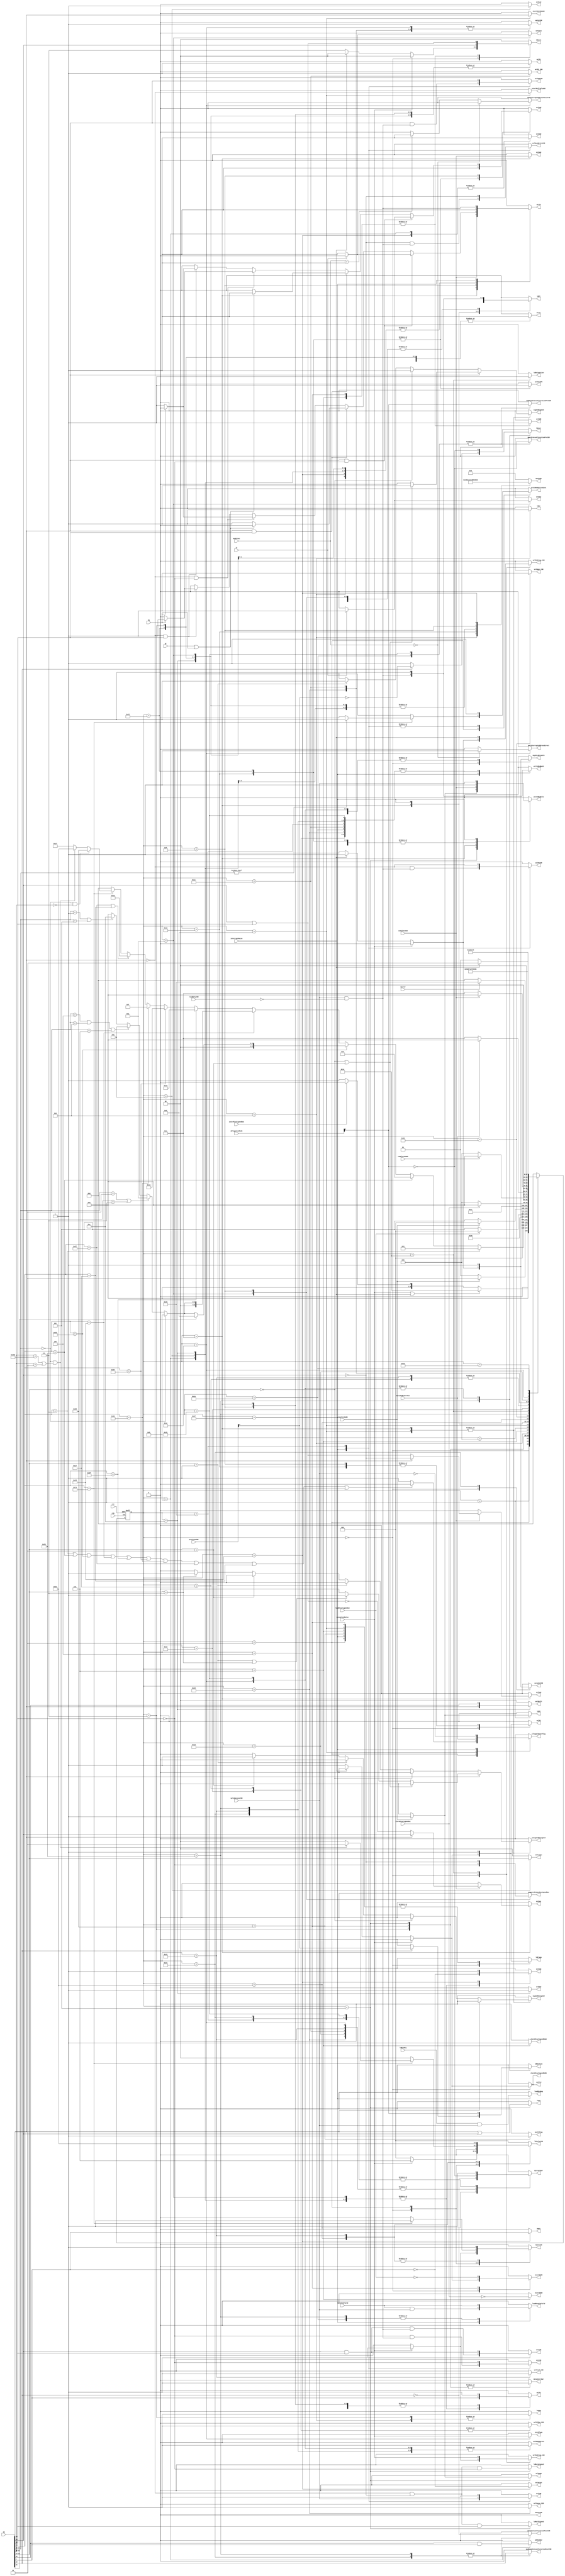
// **************************************************************************************
// Project: AFTAB
// Version: 1.0
// Date:
//
// Module Name: aftab_controller
// Description:
//
// Dependencies:
//
// File content description:
// aftab_controller for AFTAB core
//
// **************************************************************************************
`timescale 1ns/1ns

`define fetch 6'b000000
`define getInstr 6'b000001
`define decode 6'b000010
`define loadInstr1 6'b000011
`define loadInstr2 6'b000100
`define getData 6'b000101
`define storeInstr1 6'b000110
`define storeInstr2 6'b000111
`define putData 6'b001000
`define addSub 6'b001001
`define compare 6'b001010
`define logical 6'b001011
`define shift 6'b001100
`define multiplyDivide1 6'b001101
`define multiplyDivide2 6'b001110
`define conditionalBranch 6'b001111
`define JAL 6'b010000
`define JALR 6'b010010
`define LUI 6'b010011
`define checkDelegation 6'b010100
`define updateTrapValue 6'b010101
`define updateMip 6'b010110
`define updateUip 6'b010111
`define updateCause 6'b011000
`define readMstatus 6'b011001
`define updateMstatus 6'b011010
`define updateUstatus 6'b011011
`define updateEpc 6'b011100
`define readTvec1 6'b011101
`define readTvec2 6'b011110
`define CSR 6'b011111
`define mirrorCSR 6'b100000
`define retEpc 6'b100001
`define retReadMstatus 6'b100010
`define retUpdateMstatus 6'b100011
`define retUpdateUstatus 6'b100100
`define ecall 6'b100101
// FPU - uncomment later
// `define fpu_SignInject 6'b100111
// `define fpu_MinMax 6'b101000
// `define fpu_Convert 6'b101001
// `define fpu_Move 6'b101010
// `define fpu_Compare 6'b101011
// `define fpu_FusedMulAdd 6'b101100   // floating point fused multiply-add
// `define fpu_FusedMulAdd2 6'b101101
// `define fpu_AddSub 6'b101110
// `define fpu_AddSub2 6'b101111
// `define fpu_Mul 6'b110000
// `define fpu_Mul2 6'b110001
// `define fpu_Div 6'b110010

// Constants
`define iTypeImm 12'b010011001001
`define sTypeImm 12'b010011010010
`define uTypeImm 12'b100000100100
`define jTypeImm 12'b101001001100
`define bTypeImm 12'b010101010100
`define Loads 7'b0000011
`define Stores 7'b0100011
`define Arithmetic 7'b0110011
`define ImmediateArithmetic 7'b0010011
`define JumpAndLink 7'b1101111
`define JumpAndLinkRegister 7'b1100111
`define Branch 7'b1100011
`define LoadUpperImmediate 7'b0110111
`define AddUpperImmediatePC 7'b0010111
`define SystemAndCSR 7'b1110011
// `define FPU_Load            7'b0000111
// `define FPU_Store           7'b0100111
// `define FPU_MultiplyAdd     7'b1000011
// `define FPU_MultiplySub     7'b1000111
// `define FPU_NegMultiplySub  7'b1001011
// `define FPU_NegMultiplyAdd  7'b1001111
// `define FPU_Arithmetic      7'b1010011

module aftab_controller(
    // inputs
    input clk,
    input rst,
    input completeDARU,
    input completeDAWU,
    input completeAAU,
    input lt,
    input eq,
    input gt,
    input [31:0] IR,

    // interrupt's inputs
    input interruptRaise,
    input exceptionRaise,
    input instrMisalignedOut,
	input loadMisalignedOut,
	input storeMisalignedOut,
	input dividedByZeroOut,
	input validAccessCSR,
	input readOnlyCSR,
	input mirror,
	input ldMieReg,
	input ldMieUieField,
    input [1:0] delegationMode,
    input [1:0] previousPRV,
    input [1:0] modeTvec,

    //FPU
    // input fpuEq,
    // input fpuLt,
    // input fmaReady,
    //outputs
    output reg [11:0] muxCode,
	output reg [1:0] nBytes,
	output reg [1:0] selLogic,
	output reg [1:0] selShift,
	output reg selPC,
	output reg selI4,
	output reg selP1,
	output reg selP2,
	output reg selJL,
	output reg selADR,
	output reg selPCJ,
	output reg selImm,
	output reg selAdd,
	output reg selInc4PC,
	output reg selBSU,
	output reg selLLU,
	output reg selASU,
	output reg selAAU,
	output reg selDARU,
	output reg dataInstrBar,
    output reg writeRegFile,
	output reg addSubBar,
	output reg pass,
	output reg selAuipc,
	output reg comparedsignedunsignedbar,
	output reg ldIR,
    output reg ldADR,
	output reg ldPC,
	output reg ldDr,
	output reg ldByteSigned,
	output reg ldHalfSigned,
	output reg load,
	output reg setOne,
	output reg setZero,
	output reg startDARU,
	output reg startDAWU,
	output reg startMultiplyAAU,
	output reg startDivideAAU,
	output reg signedSigned,
	output reg signedUnsigned,
	output reg unsignedUnsigned,
	output reg selAAL,
	output reg selAAH,

    // FPU
    // output reg selFPURegFile,
    // output reg fmaStart,
    // output reg fmaSel,
    // output reg selp1FPU,
    // output reg selp2FPU,
    // output reg rs1SignInject,
    // output reg rs1SignXOR,
    // output reg rs1SignNeg,
    // output reg rs3SignNeg,
    // output reg sgnSel,
    // output reg selP1WriteData,
    // output reg fpuCompSel,
    // output reg [1:0] minmaxSel,
    // output reg rs2SignNeg,
    // output reg addsubSel,
    // output reg mulSel,

    // interrupt's outputs
    output reg ecallFlag,
    output reg illegalInstrFlag,
    output reg mipCCLdDisable,
    output reg selCCMip_CSR,
    output reg selCause_CSR,
    output reg selPC_CSR,
    output reg selTval_CSR,
    output reg selMedeleg_CSR,
    output reg selMideleg_CSR,
    output reg [2:0] ldValueCSR,
    output reg ldCntCSR,
    output reg dnCntCSR,
    output reg upCntCSR,
    output reg ldFlags,
    output reg zeroFlags,
    output reg ldDelegation,
    output reg ldMachine,
    output reg ldUser,
    output reg loadMieReg,
    output reg loadMieUieField,
    output reg mirrorUser,
    output reg selCSR,
    output reg selP1CSR,
    output reg selReadWriteCSR,
    output reg selImmCSR,
    output reg setCSR,
    output reg clrCSR,
    output reg writeRegBank,
    output reg selCSRAddrFromInst,
    output reg selRomAddress,
    output reg selMepc_CSR,
    output reg selInterruptAddressDirect,
    output reg selInterruptAddressVectored,
    output reg checkMisalignedDARU,
    output reg checkMisalignedDAWU,
    output reg machineStatusAlterationPreCSR,
    output reg userStatusAlterationPreCSR,
    output reg machineStatusAlterationPostCSR,
    output reg userStatusAlterationPostCSR,
    output reg zeroCntCSR
    );

    wire [2:0] func3;
    wire [6:0] opcode;
    wire [6:0] func7;
    wire [11:0] func12;
    wire [4:0] func5;
    wire mretOrUretBar;

    reg [5:0] p_state, n_state;


    assign func3 = IR[14:12];
    assign opcode = IR[6:0];
    assign func7 = IR[31:25];
    assign func12 = IR[31:20];
    assign func5 = IR[31:27];
    assign mretOrUretBar = IR[29];


    always @(posedge clk, posedge rst) begin
        if(rst)
        begin
            p_state <= `fetch;
        end
        else
            p_state <= n_state;
    end

    always @(p_state, completeDARU, completeDAWU, completeAAU,
             opcode, func3, func7, func12, mirror,
             exceptionRaise, interruptRaise, dividedByZeroOut,
             instrMisalignedOut, storeMisalignedOut, modeTvec, loadMisalignedOut/*, fmaReady*/)
    begin
        n_state <= `fetch;
        case(p_state)
            `fetch: begin
                if(exceptionRaise || interruptRaise)
                    n_state <=  `checkDelegation;
                else if(instrMisalignedOut)
                    n_state <= `fetch;
                else
                    n_state <= `getInstr;
            end
            `getInstr: begin
                if(completeDARU)
                    n_state <= `decode;
                else
                    n_state <= `getInstr;
            end
            `decode: begin
                if(opcode == `Loads)
                    n_state <= `loadInstr1;
                else if(opcode == `Stores)
                    n_state <= `storeInstr1;
                else if(opcode == `Arithmetic) begin
                    if(func7[0])
                        n_state <= `multiplyDivide1;
                    else if(func3 == 3'b000)
                        n_state <= `addSub;
                    else if(func3 == 3'b010 || func3 == 3'b011)
                        n_state <= `compare;
                    else if(func3 == 3'b100 || func3 == 3'b110 || func3 == 3'b111)
                        n_state <= `logical;
                    else if(func3 == 3'b001 || func3 == 3'b101)
                        n_state <= `shift;
                    else
                        n_state <= `fetch;
                end
                else if(opcode == `ImmediateArithmetic) begin
                    if (func3 == 3'b000)
                        n_state <= `addSub;
                    else if (func3 == 3'b010 || func3 == 3'b011)
                        n_state <= `compare;
                    else if (func3 == 3'b100 || func3 == 3'b110 || func3 == 3'b111)
                        n_state <= `logical;
                    else if (func3 == 3'b001 || func3 == 3'b101)
                        n_state <= `shift;
                    else
                        n_state <= `fetch;
                end
                else if(opcode == `JumpAndLink)
                    n_state <= `JAL;
                else if(opcode == `JumpAndLinkRegister)
                    n_state <= `JALR;
                else if(opcode == `Branch)
                    n_state <= `conditionalBranch;
                else if(opcode == `LoadUpperImmediate || opcode == `AddUpperImmediatePC)
                    n_state <= `LUI;
                else if(opcode == `SystemAndCSR) begin
                    if (func3 == 3'b000 && func12 == 12'h000)
                        n_state <= `ecall;
                    else if (func3 == 3'b000 && (func12 == 12'h302 || func12 == 12'h002))
                        n_state <= `retEpc;
                    else
                        n_state <= `CSR;
                end
                // FPU - uncomment later
                // else if(opcode == `FPU_Load) // FLW
                //     n_state <= `loadInstr1;
                // else if(opcode == `FPU_Store) // FSW
                //     n_state <= `storeInstr1;
                // else if(opcode == `FPU_MultiplyAdd      || opcode == `FPU_MultiplySub ||
                //         opcode == `FPU_NegMultiplySub   || opcode == `FPU_NegMultiplyAdd) // FMADD, FNMADD, FMSUB, FNMSUB
                //     n_state <= `fpu_FusedMulAdd;
                // else if(opcode == `FPU_Arithmetic) begin
                //     if(func5 == 5'b00000 || func5 == 5'b00001) // FADD, FSUB
                //         n_state <= `fpu_AddSub;
                //     else if(func5 == 5'b00010) // FMUL
                //         n_state <= `fpu_Mul;
                //     else if(func5 == 5'b00011)  // FDIV
                //         n_state <= `fpu_Div;
                //     else if(func5 == 5'b00100) // FSGNJ, FSGNJN, FSGNJX
                //         n_state <= `fpu_SignInject;
                //     else if(func5 == 5'b00101) // FMIN, FMAX
                //         n_state <= `fpu_MinMax;
                //     else if(func5 == 5'b11000 || func5 == 5'b11010) // FCVT.W.S, FCVT.WU.S, FCVT.S.W, FCVT.S.WU
                //         n_state <= `fpu_Convert;
                //     else if(func5 == 5'b11100 || func5 == 5'b11110) // FMV.W.X, FMV.X.W
                //         n_state <= `fpu_Move;
                //     else if(func5 == 5'b10100) // FEQ, FLT, FLE
                //         n_state <= `fpu_Compare;
                // end
                else
                    n_state <= `fetch;
                end
            `loadInstr1:
                n_state <= `loadInstr2;
            `loadInstr2: begin
                if (loadMisalignedOut)
                    n_state <= `fetch;
                else
                    n_state <= `getData;
            end
            `getData: begin
                if (completeDARU)
                    n_state <= `fetch;
                else
                    n_state <= `getData;
            end
            `storeInstr1:
                n_state <= `storeInstr2;
            `storeInstr2: begin
                if (storeMisalignedOut)
                    n_state <= `fetch;
                else
                    n_state <= `putData;
            end
            `putData: begin
                if (completeDAWU)
                    n_state <= `fetch;
                else
                    n_state <= `putData;
            end
            `addSub:
                n_state <= `fetch;
            `compare:
                n_state <= `fetch;
            `logical:
                n_state <= `fetch;
            `shift:
                n_state <= `fetch;
            `multiplyDivide1: begin
                if (dividedByZeroOut)
                    n_state <= `fetch;
                else
                    n_state <= `multiplyDivide2;
            end
            `multiplyDivide2: begin
                if (completeAAU)
                    n_state <= `fetch;
                else
                    n_state <= `multiplyDivide2;
            end
            `JAL:
                n_state <= `fetch;
            `JALR:
                n_state <= `fetch;
            `conditionalBranch:
                n_state <= `fetch;
            `LUI:
                n_state <= `fetch;
            `CSR: begin
                if (~mirror)
                    n_state <= `fetch;
                else
                    n_state <= `mirrorCSR;
            end
            `mirrorCSR:
                n_state <= `fetch;
            `retEpc:
                n_state <= `retReadMstatus;
            `retReadMstatus:
                n_state <= `retUpdateMstatus;
            `retUpdateMstatus:
                n_state <= `retUpdateUstatus;
            `retUpdateUstatus:
                n_state <= `fetch;
            `ecall:
                n_state <= `fetch;
            `checkDelegation: begin
                if (interruptRaise)
                    n_state <= `updateMip;
                else
                    n_state <= `updateTrapValue;
            end
            `updateTrapValue:
                n_state <= `updateCause;
            `updateMip:
                n_state <= `updateUip;
            `updateUip:
                n_state <= `updateCause;
            `updateCause:
                n_state <= `updateEpc;
            `updateEpc:
                n_state <= `readTvec1;
            `readTvec1:
                n_state <= `readTvec2;
            `readTvec2:
                n_state <= `readMstatus;
            `readMstatus:
                n_state <= `updateMstatus;
            `updateMstatus:
                n_state <= `updateUstatus;
            `updateUstatus:
                n_state <= `fetch;
            // FPU - uncomment later
            // `fpu_FusedMulAdd:
            //     n_state <= `fpu_FusedMulAdd2;
            // `fpu_FusedMulAdd2:
            //     n_state <= (fmaReady == 1'b0) ? `fpu_FusedMulAdd2 : `fetch;
            // `fpu_AddSub:
            //     n_state <= `fpu_AddSub2;
            // `fpu_AddSub2:
            //     n_state <= (fmaReady == 1'b0) ? `fpu_AddSub2 : `fetch;
            // `fpu_Mul:
            //     n_state <= `fpu_Mul2;
            // `fpu_Mul2:
            //     n_state <= (fmaReady == 1'b0) ? `fpu_Mul2 : `fetch;
            // `fpu_Div:
            //     n_state <= `fpu_Div;
            // `fpu_SignInject:
            //     n_state <= `fetch;
            // `fpu_MinMax:
            //     n_state <= `fetch;
            // `fpu_Convert:
            //     n_state <= `fetch;
            // `fpu_Move:
            //     n_state <= `fetch;
            // `fpu_Compare:
            //     n_state <= `fetch;
            default:
                n_state <= `fetch;
        endcase
    end

    always @(p_state, exceptionRaise, interruptRaise, instrMisalignedOut,
             completeDARU, completeAAU, opcode, func3, func12, func7,
             gt, lt, eq, loadMisalignedOut, storeMisalignedOut, dividedByZeroOut,
             validAccessCSR, readOnlyCSR, ldMieReg, ldMieUieField,
             mretOrUretBar, previousPRV, modeTvec, delegationMode/*, fmaReady*/)
    begin
        {selPC, selI4, selP2, selPCJ, selADR, selJL, selImm, selAdd, selInc4PC, selBSU,
		 selLLU, selASU, selAAU, selDARU, dataInstrBar, writeRegFile, addSubBar,
		 comparedsignedunsignedbar, ldIR, ldADR, ldPC, ldDr, ldByteSigned, ldHalfSigned,
		 load, setOne, setZero, startDARU, startDAWU, startMultiplyAAU, startDivideAAU,
		 signedSigned, signedUnsigned, unsignedUnsigned, selAAL, selAAH, muxCode, nBytes,
		 selLogic, selShift, pass, selAuipc, selP1, selTval_CSR, zeroCntCSR, mipCCLdDisable,
		 upCntCSR, dnCntCSR, selRomAddress, selCCMip_CSR, writeRegBank, selCause_CSR,
		 machineStatusAlterationPostCSR, userStatusAlterationPostCSR, selPC_CSR,
		 ldValueCSR, selCSRAddrFromInst, selP1CSR, selImmCSR, selReadWriteCSR, setCSR,
		 clrCSR, selCSR, selMepc_CSR, ldCntCSR, selInterruptAddressDirect,
		 selInterruptAddressVectored, ldFlags, zeroFlags, illegalInstrFlag, checkMisalignedDARU,
		 checkMisalignedDAWU, ecallFlag, machineStatusAlterationPreCSR, userStatusAlterationPreCSR,
		 selMedeleg_CSR, selMideleg_CSR, ldUser, ldMachine, mirrorUser, ldDelegation,
		 loadMieUieField, loadMieReg} <= 0;
        // FPU
        //  {selFPURegFile, fmaStart, fmaSel, selp1FPU, selp2FPU, rs1SignInject, rs1SignXOR, rs1SignNeg,
        //   rs3SignNeg, sgnSel, selP1WriteData, fpuCompSel, rs2SignNeg, addsubSel, mulSel} <= 0;
        //   minmaxSel <= 2'b00;

        case(p_state)
            `fetch: begin
                if(exceptionRaise)  begin
                    ldValueCSR <= 3'b111;
                    ldCntCSR <= 1'b1;
                    selMedeleg_CSR <= 1'b1;
                end
                else if (interruptRaise) begin
                    zeroCntCSR <= 1'b1;
                    mipCCLdDisable <= 1'b1;
                    selMideleg_CSR <= 1'b1;
                end
                else begin
                    nBytes <= 2'b11;
                    selPCJ <= 1'b1;
                    dataInstrBar <= 1'b0;
                    selPC <= 1'b1;
                    startDARU <= 1'b1; // ~instrMisalignedOut;
                    ldFlags <= 1'b1;
                    checkMisalignedDARU <= 1'b1;
                end
            end
            `getInstr: begin
                dataInstrBar <= 1'b0;
                if (completeDARU)
                    ldIR <= 1'b1;
                else
                    ldIR <= 1'b0;
            end
            `decode: begin
                ldFlags <= 1'b1;
                if (opcode == `Loads ||
                    opcode == `Stores ||
                    opcode == `Arithmetic ||
                    opcode == `ImmediateArithmetic ||
                    opcode == `JumpAndLink ||
                    opcode == `JumpAndLinkRegister ||
                    opcode == `Branch ||
                    opcode == `LoadUpperImmediate ||
                    opcode == `AddUpperImmediatePC ||
                    opcode == `SystemAndCSR
                )
                    illegalInstrFlag <= 1'b0;
                else
                    illegalInstrFlag <= 1'b1;

                if (opcode == `SystemAndCSR) begin
                    if (func3 == 3'b000 && (func12 == 12'h302 || func12 == 12'h002))
                        ldValueCSR          <= 3'b010;
                        ldCntCSR            <= 1'b1;
                    if (func3 != 3'b000)
                        selCSRAddrFromInst  <= 1'b1;
                end
            end
            `loadInstr1: begin
                muxCode <= `iTypeImm;
                ldADR <= 1'b1;
                selJL <= 1'b1;
                selP1 <= 1'b1;
                ldPC <= 1'b1;
                selI4 <= 1'b1;
                dataInstrBar <= 1'b1;
            end
            `loadInstr2: begin
                selADR <= 1'b1;
                startDARU <= ~loadMisalignedOut;
                ldFlags <= 1'b1;
                dataInstrBar <= 1'b1;
                nBytes <= {func3[1], (func3[1] || func3[0])};
            end
            `getData: begin
                ldByteSigned <= ~func3[2] && ~func3[1] && ~func3[0];
                ldHalfSigned <= ~func3[2] && ~func3[1] && func3[0]; // edited
                load <= func3[2] || func3[1];
                dataInstrBar <= 1'b1;
                if (completeDARU) begin
                    // selFPURegFile <= (opcode == `FPU_Load) ? 1'b1 : 1'b0; // FPU
                    writeRegFile <= 1'b1;
                    selDARU <= 1'b1;
                end
                else begin
                    writeRegFile <= 1'b0;
                    selDARU <= 1'b0;
                end
            end
            `storeInstr1: begin
                muxCode <= `sTypeImm;
                ldDr  <= 1'b1;
                ldADR <= 1'b1;
                selJL <= 1'b1;
                selP1 <= 1'b1;
                ldPC <= 1'b1;
                selI4 <= 1'b1;
                // selp2FPU <= (opcode == `FPU_Store) ? 1'b1 : 1'b0; // FPU
            end
            `storeInstr2: begin
                checkMisalignedDAWU <= 1'b1;
                ldFlags <= 1'b1;
                selADR <= 1'b1;
                startDAWU <= ~storeMisalignedOut;
                nBytes <= {func3[1] , (func3[1] || func3[0])};
            end
            `putData:
                ;
            `addSub: begin
                muxCode <= `iTypeImm;
                selImm <= ~opcode[5];
                selP1 <= 1'b1;
                selP2 <= opcode[5];
                addSubBar <= func7[5] && opcode[5];
                selASU <= 1'b1;
                writeRegFile <= 1'b1;
                ldPC <= 1'b1;
                selI4 <= 1'b1;
            end
            `compare: begin
                muxCode <= `iTypeImm;
                selImm <= ~opcode[5];
                selP1 <= 1'b1;
                selP2 <= opcode[5];
                comparedsignedunsignedbar <= ~func3[0];
                if (lt)
                    setOne <= 1'b1;
                else
                    setZero <= 1'b1;
                ldPC <= 1'b1;
                selI4 <= 1'b1;
            end
            `logical: begin
                muxCode <= `iTypeImm;
                selImm <= ~opcode[5];
                selP1 <= 1'b1;
                selP2 <= opcode[5];
                selLogic <= func3[1:0];
                selLLU <= 1'b1;
                writeRegFile <= 1'b1;
                ldPC <= 1'b1;
                selI4 <= 1'b1;
            end
            `shift: begin
                muxCode <= `iTypeImm;
                selImm <= ~opcode[5];
                selP1 <= 1'b1;
                selP2 <= opcode[5];
                selShift <= {func3[2], func7[5]};
                selBSU <= 1'b1;
                writeRegFile <= 1'b1;
                ldPC <= 1'b1;
                selI4 <= 1'b1;
            end
            `multiplyDivide1: begin
                ldFlags <= 1'b1;
                illegalInstrFlag <= dividedByZeroOut;
                selP1 <= 1'b1;
                selP2 <= 1'b1;
                startDivideAAU <= func3[2];
                startMultiplyAAU <= ~func3[2];
                if (~func3[2]) begin
                    if (func3[1:0] == 2'b00)
                        signedSigned <= 1'b1;
                    else if (func3[1:0] == 2'b01)
                        signedSigned <= 1'b1;
                    else if (func3[1:0] == 2'b10)
                        signedUnsigned <= 1'b1;
                    else if (func3[1:0] == 2'b11)
                        unsignedUnsigned <= 1'b1;
                end
                else if (func3[2]) begin
                    if (func3[1:0] == 2'b00 || func3[1:0] == 2'b10)
                        signedSigned <= 1'b1;
                    else if (func3[1:0] == 2'b01 || func3[1:0] == 2'b11)
                        unsignedUnsigned <= 1'b1;
                end
            end
            `multiplyDivide2: begin
                //edited start
                selP1 <= 1'b1;
				selP2 <= 1'b1;
				if (func3[2] == 1'b0)
                begin
					if (func3[1:0] == 2'b00)
						signedSigned <= 1'b1;
					else if (func3[1:0] == 2'b01)
						signedSigned <= 1'b1;
					else if (func3[1:0] == 2'b10)
						signedUnsigned <= 1'b1;
					else if (func3[1:0] == 2'b11)
						unsignedUnsigned <= 1'b1;
                end
				else if (func3[2] == 1'b1)
                begin
					if (func3[1:0] == 2'b00 || func3[1:0] == 2'b10)
						signedSigned <= 1'b1;
					else if (func3[1:0] == 2'b01 || func3[1:0] == 2'b11)
						unsignedUnsigned <= 1'b1;
                end
                // edited end
                if (completeAAU) begin
                    if (~func3[2]) begin
                        selAAL <= ~(func3[1] || func3[0]);
                        selAAH <= func3[1] || func3[0];
                    end
                    else if (func3[2]) begin
                        selAAL <= func3[1];
                        selAAH <= ~func3[1];
                    end
                end
                else begin
                    selAAL <= 1'b0;
                    selAAH <= 1'b0;
                end
                selAAU <= completeAAU;
                writeRegFile <= completeAAU;
                ldPC <= completeAAU;
                selI4 <= completeAAU;
            end
            `JAL: begin
                muxCode <= `jTypeImm;
                selInc4PC <= 1'b1;
                writeRegFile <= 1'b1;
                selPC <= 1'b1;
                selAdd <= 1'b1;
                ldPC <= 1'b1;
            end
            `JALR: begin
                    muxCode <= `iTypeImm;
                    selInc4PC <= 1'b1;
                    writeRegFile <= 1'b1;
                    selJL <= 1'b1;
                    ldPC <= 1'b1;
                    selP1 <= 1'b1;
                    selAdd <= 1'b1;
            end
            `conditionalBranch: begin
                muxCode <= `bTypeImm;
                selP1 <= 1'b1;
                selP2 <= 1'b1;
                comparedsignedunsignedbar <= ~func3[1];
                selPC <= 1'b1;
                ldPC <= 1'b1;
                if (func3[2] && ~func3[0]) //BLT, BLTU
                    if (lt)
                        selAdd <= 1'b1;
                    else
                        selI4 <= 1'b1;
                else if (func3[2] && func3[0]) //BGE, BGEU
                    if (gt || eq)
                        selAdd <= 1'b1;
                    else
                        selI4 <= 1'b1;
                else if (~func3[2] && ~func3[0]) //BEQ
                    if (eq)
                        selAdd <= 1'b1;
                    else
                        selI4 <= 1'b1;
                else if (~func3[2] && func3[0]) //BNE
                    if (~eq)
                        selAdd <= 1'b1;
                    else
                        selI4 <= 1'b1;
            end
            `LUI: begin
                muxCode <= `uTypeImm;
                selImm <= 1'b1;
                selASU <= 1'b1;
                writeRegFile <= 1'b1;
                ldPC <= 1'b1;
                selI4 <= 1'b1;
                pass <= opcode[5];
                // addSubBar <= ~opcode[5];
                addSubBar <= 1'b0;
                selAuipc <= ~opcode[5];
            end
            `CSR: begin
                selCSRAddrFromInst <= 1'b1;
                selCSR <= 1'b1 & validAccessCSR;
                writeRegFile <= 1'b1 & validAccessCSR;
                writeRegBank <= 1'b1 & (validAccessCSR & ~(readOnlyCSR));
                selP1CSR <= ~ (func3[2]) & (validAccessCSR & ~(readOnlyCSR));
                selImmCSR <= func3[2] & (validAccessCSR & ~(readOnlyCSR));
                selReadWriteCSR <= ~(func3[1]) & (validAccessCSR & ~(readOnlyCSR));
                setCSR <= ~(func3[0]) & (validAccessCSR & ~(readOnlyCSR));
                clrCSR <= (func3[1] & func3[0]) & (validAccessCSR & ~(readOnlyCSR));
                ldPC <= 1'b1 & (validAccessCSR & ~(readOnlyCSR));
                selI4 <= 1'b1 & (validAccessCSR & ~(readOnlyCSR));
                loadMieReg <= ldMieReg & validAccessCSR;
                loadMieUieField <= ldMieUieField & validAccessCSR;
                illegalInstrFlag <= ~(validAccessCSR);
                // illegalInstrFlag <= ~(validAccessCSR) | readOnlyCSR;
                ldFlags <= 1'b1;
            end
            `mirrorCSR: begin
                selCSRAddrFromInst <= 1'b1;
                selCSR <= 1'b1;
                writeRegBank <= 1'b1;
                selP1CSR <= ~ (func3[2]);
                selImmCSR <= func3[2];
                selReadWriteCSR <= ~(func3[1]);
                setCSR <= ~(func3[0]);
                clrCSR <= func3[1] & func3[0];
                mirrorUser <= 1'b1;
            end
            `retEpc: begin
                mirrorUser <= ~(mretOrUretBar);
                selRomAddress <= 1'b1;
                ldValueCSR <= 3'b100;
                ldCntCSR <= 1'b1;
            end
            `retReadMstatus: begin
                selMepc_CSR <= 1'b1;
                ldPC <= 1'b1;
                mirrorUser <= 1'b0;
                selRomAddress <= 1'b1;
            end
            `retUpdateMstatus: begin
                mirrorUser <= 1'b0;
                selRomAddress <= 1'b1;
                if (mretOrUretBar) begin
                        ldMachine <= previousPRV[0];
                        ldUser <= ~(previousPRV[0]);
                end
                else begin
                    ldMachine <= 1'b0;
                    ldUser <= 1'b1;
                end
                loadMieUieField <= ldMieUieField;
                machineStatusAlterationPostCSR <= mretOrUretBar;
                userStatusAlterationPostCSR <= ~(mretOrUretBar);
                writeRegBank <= 1'b1;
            end
            `retUpdateUstatus: begin
                selRomAddress <= 1'b1;
                mirrorUser <= 1'b1;
                machineStatusAlterationPostCSR <= mretOrUretBar;
                userStatusAlterationPostCSR <= ~(mretOrUretBar);
                writeRegBank <= 1'b1;
                zeroCntCSR <= 1'b1;
            end
            `ecall: begin
                ecallFlag <= 1'b1;
                ldFlags <= 1'b1;
            end
            `checkDelegation: begin
                selMideleg_CSR <= interruptRaise;
                selMedeleg_CSR <= exceptionRaise;
                ldDelegation <= 1'b1;
                mipCCLdDisable <= 1'b1;
            end
            `updateTrapValue: begin
                mirrorUser <= ~(delegationMode[0]);
                selRomAddress <= 1'b1;
                ldValueCSR <= 3'b001;
                ldCntCSR <= 1'b1;
                selTval_CSR <= 1'b1;
                writeRegBank <= 1'b1;
                mipCCLdDisable <= 1'b1;
            end
            `updateMip: begin
                mirrorUser <= 1'b0;
                selRomAddress <= 1'b1;
                selCCMip_CSR <= 1'b1;
                writeRegBank <= 1'b1;
                mipCCLdDisable <= 1'b1;
            end
            `updateUip: begin
                selRomAddress <= 1'b1;
                mirrorUser <= 1'b1;
                upCntCSR <= 1'b1;
                selCCMip_CSR <= 1'b1;
                writeRegBank <= 1'b1;
                mipCCLdDisable <= 1'b1;
            end
            `updateCause: begin
                mirrorUser <= ~(delegationMode[0]);
                selRomAddress <= 1'b1;
                upCntCSR <= 1'b1;
                selCause_CSR <= 1'b1;
                writeRegBank <= 1'b1;
                mipCCLdDisable <= 1'b1;
            end
            `updateEpc: begin
                mirrorUser <= ~(delegationMode[0]);
                selRomAddress <= 1'b1;
                upCntCSR <= 1'b1;
                selPC_CSR <= 1'b1;
                writeRegBank <= 1'b1;
                mipCCLdDisable <= 1'b1;
            end
            `readTvec1: begin
                mirrorUser <= ~(delegationMode[0]);
                selRomAddress <= 1'b1;
                mipCCLdDisable <= 1'b1;
            end
            `readTvec2: begin
                selRomAddress <= 1'b1;
                mirrorUser <= ~(delegationMode[0]);
                ldMachine <= delegationMode[0];
                ldUser <= ~(delegationMode[0]);
                upCntCSR <= 1'b1;
                ldPC <= 1'b1;
                mipCCLdDisable <= 1'b1;
                zeroFlags <= exceptionRaise;
                if (modeTvec == 2'b00)
                    selInterruptAddressDirect <= 1'b1;
                else if (modeTvec == 2'b01)
                    selInterruptAddressVectored <= 1'b1;
            end
            `readMstatus: begin
                mirrorUser <= 1'b0;
                selRomAddress <= 1'b1;
                mipCCLdDisable <= 1'b1;
            end
            `updateMstatus: begin
                mirrorUser <= 1'b0;
                selRomAddress <= 1'b1;
                loadMieUieField <= ldMieUieField;
                machineStatusAlterationPreCSR <= delegationMode[0];
                userStatusAlterationPreCSR <= ~(delegationMode[0]);
                writeRegBank <= 1'b1;
                mipCCLdDisable <= 1'b1;
            end
            `updateUstatus: begin
                mirrorUser <= 1'b1;
                selRomAddress <= 1'b1;
                mirrorUser <= 1'b1;
                machineStatusAlterationPreCSR <= delegationMode[0];
                userStatusAlterationPreCSR <= ~(delegationMode[0]);
                writeRegBank <= 1'b1;
                mipCCLdDisable <= 1'b1;
                ldMachine <= delegationMode[0];
                ldUser <= ~(delegationMode[0]);
            end
            // FPU - uncomment later
            //  `fpu_FusedMulAdd: begin
            //     fmaSel <= 1'b1;
            //     selFPURegFile <= 1'b1;
            //     rs1SignNeg <= (opcode[3:0] == 4'b1011) ? 1'b1 : // FNMSUB
            //                   (opcode[3:0] == 4'b1111);         // FNMADD
            //     rs3SignNeg <= (opcode[3:0] == 4'b0111) ? 1'b1 : // FMSUB
            //                   (opcode[3:0] == 4'b1111);         // FNMADD
            //     fmaStart <= 1'b1;
            // end
            // `fpu_FusedMulAdd2: begin
            //     fmaSel <= 1'b1;
            //     selFPURegFile <= 1'b1;
            //     rs1SignNeg <= (opcode[3:0] == 4'b1011) ? 1'b1 : // FNMSUB
            //                   (opcode[3:0] == 4'b1111);         // FNMADD
            //     rs3SignNeg <= (opcode[3:0] == 4'b0111) ? 1'b1 : // FMSUB
            //                   (opcode[3:0] == 4'b1111);         // FNMADD
            //     writeRegFile <= fmaReady;
            //     ldFlags <= fmaReady;
            //     ldPC <= fmaReady;
            //     selI4 <= fmaReady;
            // end
            // `fpu_AddSub: begin
            //     addsubSel <= 1'b1;
            //     selFPURegFile <= 1'b1;
            //     rs2SignNeg <= (func5 == 5'b00001) ? 1'b1 :  // FSUB
            //                   1'b0;                         // FADD
            //     fmaStart <= 1'b1;
            // end
            // `fpu_AddSub2: begin
            //     addsubSel <= 1'b1;
            //     selFPURegFile <= 1'b1;
            //     rs2SignNeg <= (func5 == 5'b00001) ? 1'b1 :  // FSUB
            //                   1'b0;                         // FADD
            //     writeRegFile <= fmaReady;
            //     ldFlags <= fmaReady;
            //     ldPC <= fmaReady;
            //     selI4 <= fmaReady;
            // end
            // `fpu_Mul: begin
            //     mulSel <= 1'b1;
            //     selFPURegFile <= 1'b1;
            //     fmaStart <= 1'b1;
            // end
            // `fpu_Mul2: begin
            //     mulSel <= 1'b1;
            //     selFPURegFile <= 1'b1;
            //     writeRegFile <= fmaReady;
            //     ldFlags <= fmaReady;
            //     ldPC <= fmaReady;
            //     selI4 <= fmaReady;
            // end
            // `fpu_Div: begin
            //     // future work
            //     ldPC <= 1'b1;
            //     selI4 <= 1'b1;
            // end
            // `fpu_SignInject: begin
            //     if(func3 == 3'b000)         // FSGNJ
            //     begin
            //         rs1SignInject <= 1'b1;
            //     end
            //     else if(func3 == 3'b001)    // FSGNJN
            //     begin
            //         rs1SignInject <= 1'b1;
            //         rs1SignNeg <= 1'b1;
            //     end
            //     else if(func3 == 3'b010)    // FSGNJX
            //     begin
            //         rs1SignXOR <= 1'b1;
            //     end
            //     writeRegFile <= 1'b1;
            //     selFPURegFile <= 1'b1;
            //     sgnSel <= 1'b1;

            //     ldFlags <= 1'b1;
            //     ldPC <= 1'b1;
            //     selI4 <= 1'b1;
            // end
            // `fpu_MinMax: begin
            //     minmaxSel <= {1'b1, func3[0]};
            //     writeRegFile <= 1'b1;
            //     selFPURegFile <= 1'b1;

            //     ldFlags <= 1'b1;
            //     ldPC <= 1'b1;
            //     selI4 <= 1'b1;
            // end
            // `fpu_Convert: begin

            // end
            // `fpu_Move: begin
            //     if(func5 == 5'b11100)       // FMV.X.W
            //     begin
            //         selp1FPU <= 1'b1;
            //         selP1WriteData <= 1'b1;
            //         selFPURegFile <= 1'b0;
            //         writeRegFile <= 1'b1;
            //     end
            //     else if(func5 == 5'b11110)  // FMV.W.X
            //     begin
            //         selp1FPU <= 1'b0;
            //         selP1WriteData <= 1'b1;
            //         selFPURegFile <= 1'b1;
            //         writeRegFile <= 1'b1;
            //     end

            //     ldFlags <= 1'b1;
            //     ldPC <= 1'b1;
            //     selI4 <= 1'b1;
            // end
            // `fpu_Compare: begin
            //     fpuCompSel <= 1'b1;
            //     selFPURegFile <= 1'b0;
            //     if(func3 == 3'b010)     // FEQ
            //     begin
            //         if (fpuEq)
            //             setOne <= 1'b1;
            //         else
            //             setZero <= 1'b1;
            //     end
            //     else if(func3 == 3'b001)    // FLT
            //     begin
            //         if (fpuLt)
            //             setOne <= 1'b1;
            //         else
            //             setZero <= 1'b1;
            //     end
            //     else if(func3 == 3'b000)    // FLE
            //     begin
            //         if (fpuLt | fpuEq)
            //             setOne <= 1'b1;
            //         else
            //             setZero <= 1'b1;
            //     end

            //     ldFlags <= 1'b1;
            //     ldPC <= 1'b1;
            //     selI4 <= 1'b1;
            // end
            default:
                {selPC, selI4, selP2, selPCJ, selADR, selJL, selImm, selAdd, selInc4PC, selBSU,
                 selLLU, selASU, selAAU, selDARU, dataInstrBar, writeRegFile, addSubBar,
                 comparedsignedunsignedbar, ldIR, ldADR, ldPC, ldDr, ldByteSigned, ldHalfSigned,
                 load, setOne, setZero, startDARU, startDAWU, startMultiplyAAU, startDivideAAU,
                 signedSigned, signedUnsigned, unsignedUnsigned, selAAL, selAAH, muxCode, nBytes,
                 selLogic, selShift, pass, selAuipc, selP1, selTval_CSR, zeroCntCSR, mipCCLdDisable,
                 upCntCSR, dnCntCSR, selRomAddress, selCCMip_CSR, writeRegBank, selCause_CSR,
                 machineStatusAlterationPostCSR, userStatusAlterationPostCSR, selPC_CSR,
                 ldValueCSR, selCSRAddrFromInst, selP1CSR, selImmCSR, selReadWriteCSR, setCSR,
                 clrCSR, selCSR, selMepc_CSR, ldCntCSR, selInterruptAddressDirect,
                 selInterruptAddressVectored, ldFlags, zeroFlags, illegalInstrFlag, checkMisalignedDARU,
                 checkMisalignedDAWU, ecallFlag, machineStatusAlterationPreCSR, userStatusAlterationPreCSR,
                 selMedeleg_CSR, selMideleg_CSR, ldUser, ldMachine, mirrorUser, ldDelegation,
                 loadMieUieField, loadMieReg} <= 0;
        endcase
    end

endmodule